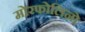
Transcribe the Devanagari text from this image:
मोरफोलिनो